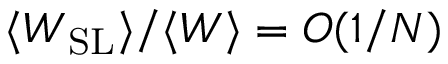
\langle W _ { \mathrm { S L } } \rangle / \langle W \rangle = O ( 1 / N )